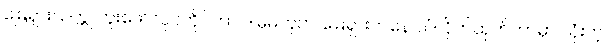
မြေရှားသတ္တု တူးဖော်လုပ်ကိုင်တာ ဒါမှမဟုတ် မြေရှားကနေ သံလိုက်ထုတ်တာမှာ သုံးတဲ့